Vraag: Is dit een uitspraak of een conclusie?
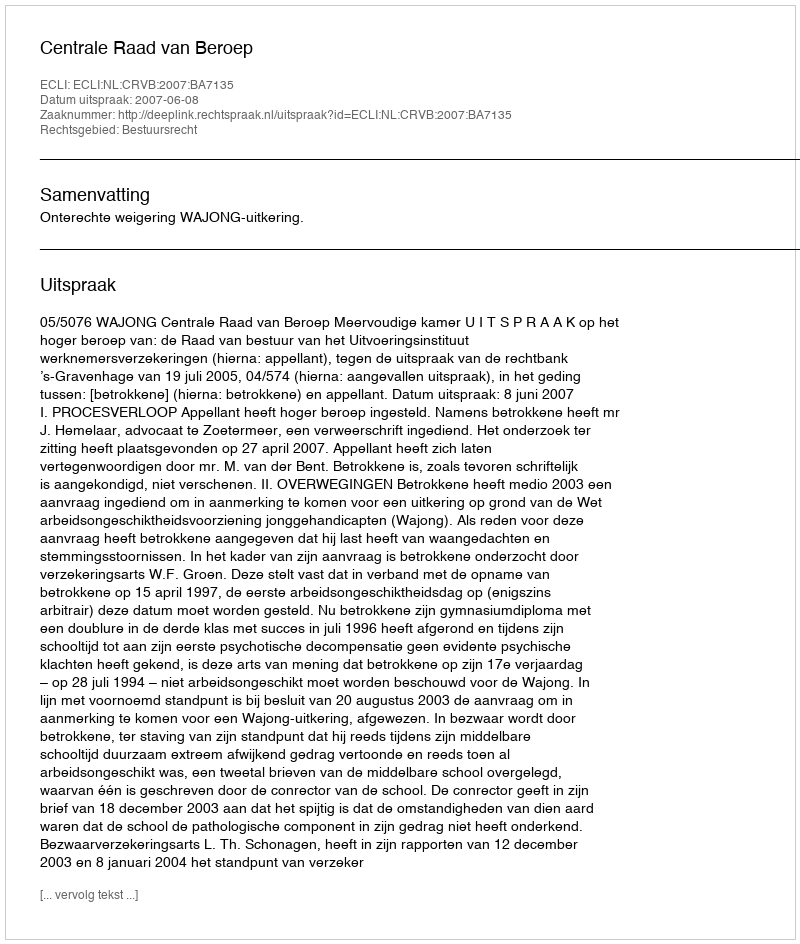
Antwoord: Uitspraak